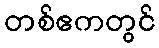
တစ်ဧကတွင်